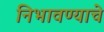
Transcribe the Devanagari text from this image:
निभावण्याचे